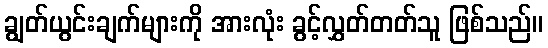
ချွတ်ယွင်းချက်များကို အားလုံး ခွင့်လွှတ်တတ်သူ ဖြစ်သည်။